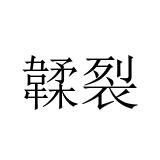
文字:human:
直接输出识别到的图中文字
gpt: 韖裂